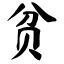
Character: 贫